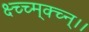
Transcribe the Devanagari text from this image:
क्ष्च्च्म्क्च्न्।।